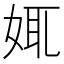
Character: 𡜯